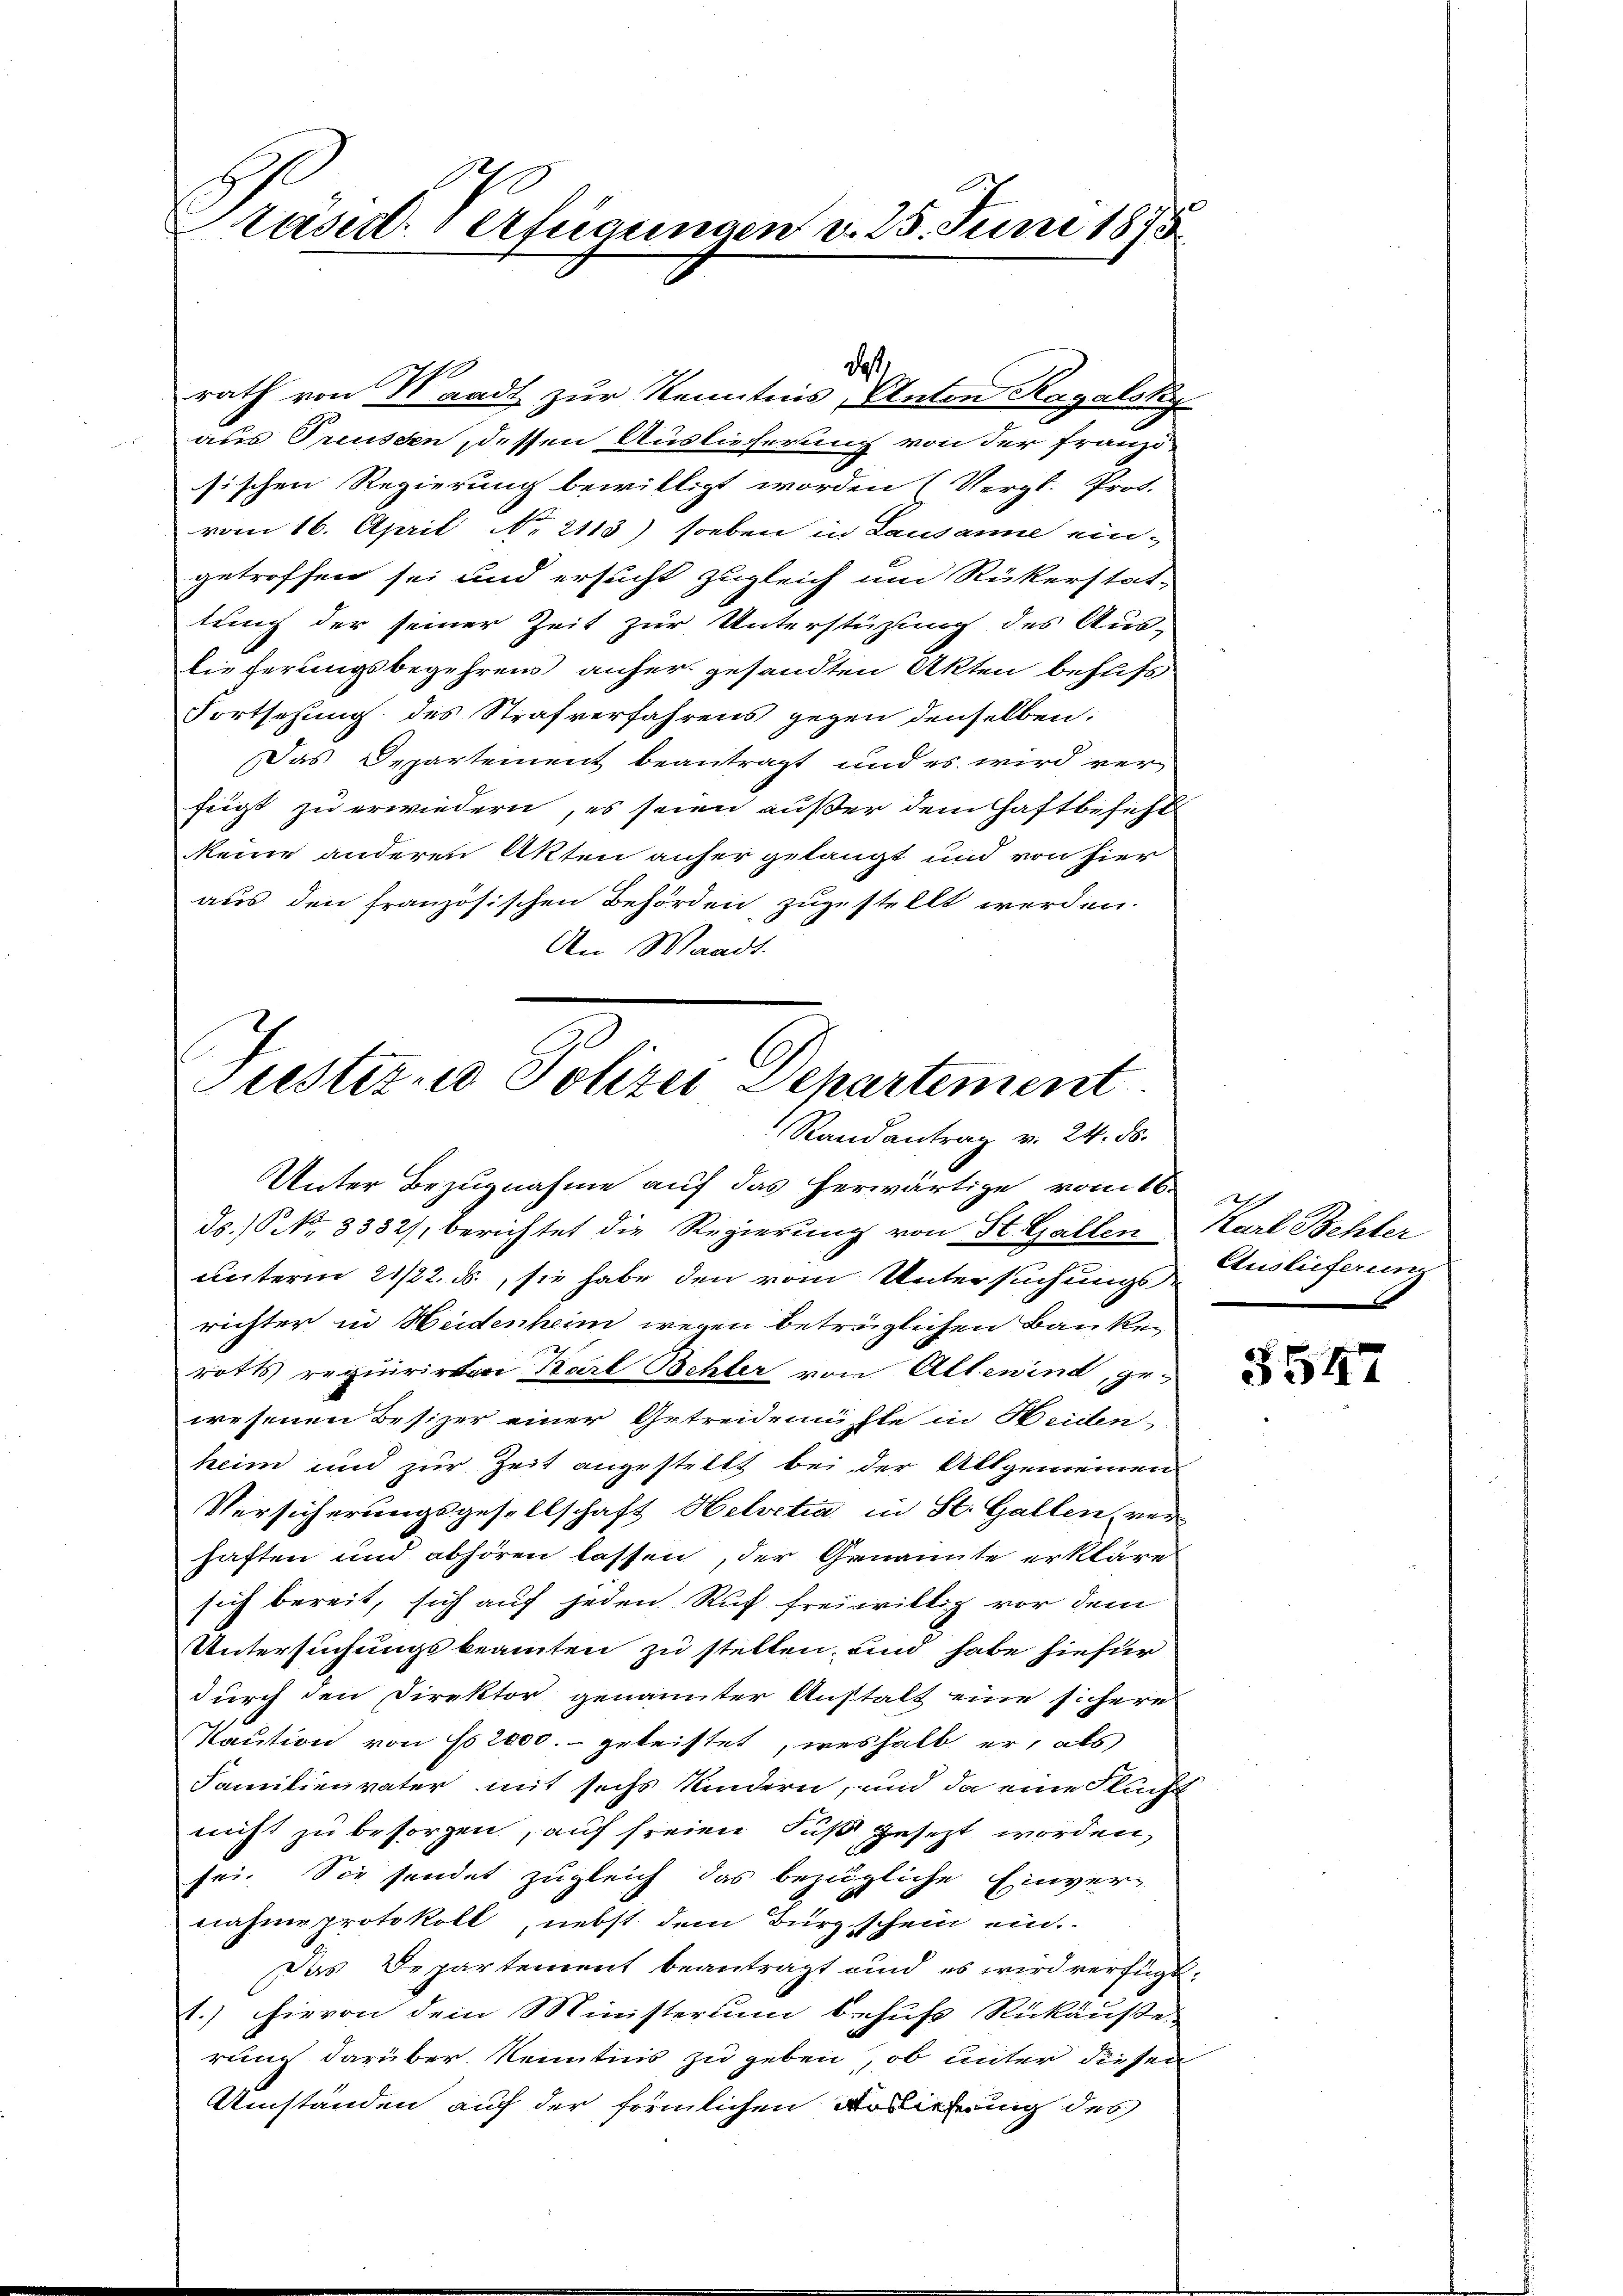
Präsid. Verfügungen v. 25. Juni 1873

daß.

Justiz - Polizei Departement
Stand antrag v. 24. ds.

rath von Waadt zur Kenntnis, Anton Ragalsky
aus Preussen, dessen Auslieferung von der Franzö-
sischen Regierung bewilligt worden (Vergl. Prot.
vom 16. April No 2113) soeben in Lausanne ein-
getroffen sei und ersucht zugleich um Rükerstat-
tung der seiner Zeit zur Unterstüzung des Aus-
lieferungsbegehrens anher gesandten Akten behufs
Fortsetzung des Strafverfahrens gegen denselben:
Das Departement beantragt und es wird ver-
fügt zu erwiedern, es seien außer dem Haftbesicht
keine anderen Akten anher gelangt und von hier
aus den französischen Behörden, zugestellt werden.
An Waadt.

Unter Bezugnahme auf das herwärtige vom 16. J
ds. No. 3332), berichtet die Regierung von St. Gallen
unterm 21/22. ds, sie habe den vom Untersuchungs Auslieferung
richter in Heidenheim wegen beträglichen Bankerotts requirirten Karl Behler von Altenind, ge-
wesenen Besizer einer Getreidemühte in Heiden
keim und zur Zeit angestellt bei der Allgemeinen
Versicherungsgesellschaft Helvetia in St. Gallen, verhaften und abhören lassen, der Genannte erkläre
sich bereit, sich auf jeden Ruf freiwillig vor dem
Untersuchungsbeamten zu stellen, und habe hiefür
durch den Direktor genannter Anstalt eine sichere
Kaution von No 2000.- geleistet, weshalb er, als
Familienvater mit sechs Kindern, und da eine Flucht
nicht zu besorgen, auf freien Fuß gesezt worden,
sei. Sie sendet zugleich das bezügliche Einver-
nahme protokoll nebst dem Bürgschein ein.
Das Departement beantragt und es wird verfügt:
.) hievon dem Ministerium behufs Rückäuße
rung darüber. Kenntnis zu geben, ob unter diesen
Umständen auf der förmlichen Bediehung des

Karl Behler

3547